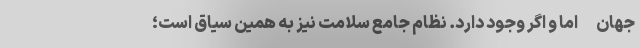
جهان- اما و اگر وجود دارد. نظام جامع سلامت نیز به همین سیاق است؛